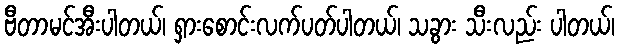
ဗီတာမင်အီးပါတယ်၊ ရှားစောင်းလက်ပတ်ပါတယ်၊ သခွား သီးလည်း ပါတယ်၊